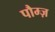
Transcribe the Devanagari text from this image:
पौम्ज़